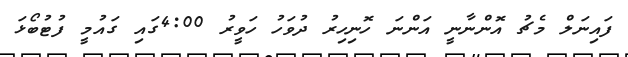
ފައިނަލް މެޗު އޮންނާނީ އަންނަ ހޮނިހިރު ދުވަހު ހަވީރު 4:00ގައި ގައުމީ ފުޓުބޯޅަ